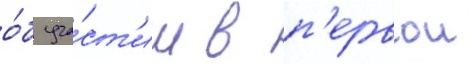
о́б уча́ст'ии в п'ервои